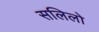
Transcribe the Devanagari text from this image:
सलिलो